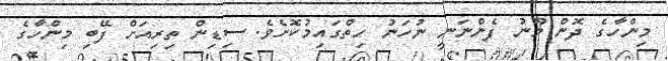
މިންހާގެ ދޮން މޫނު ފެންނަނީ ނުހަނު ހިތްގައިމުކޮށެވެ. ސިޑިން ތިރިއަށް ފޭބި މިންހާގެ